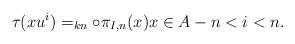
LaTeX: \begin{align*}\tau(xu^i)=_{kn}\circ\pi_{I,n}(x)x\in A-n<i<n.\end{align*}